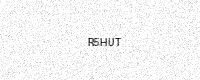
Text: R5HUT